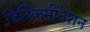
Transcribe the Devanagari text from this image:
डिस्क्रिमीनेशन